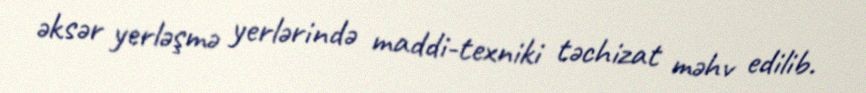
əksər yerləşmə yerlərində maddi-texniki təchizat məhv edilib.